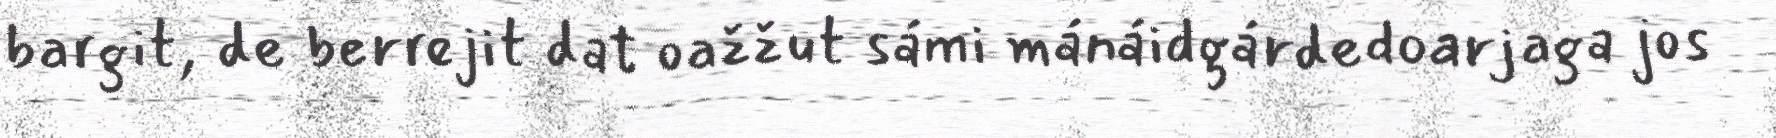
bargit, de berrejit dat oažžut sámi mánáidgárdedoarjaga jos